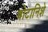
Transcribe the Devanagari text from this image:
बोटानिशे